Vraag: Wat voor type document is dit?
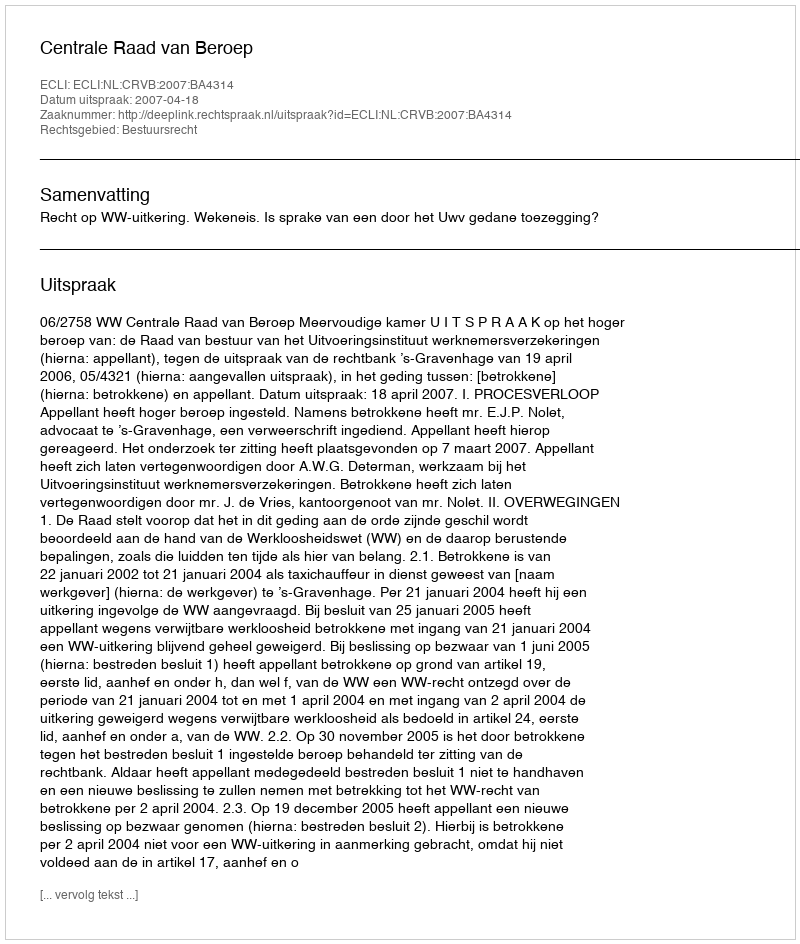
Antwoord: Uitspraak